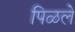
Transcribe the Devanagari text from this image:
पिळले